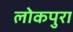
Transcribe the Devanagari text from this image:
लोकपुरा